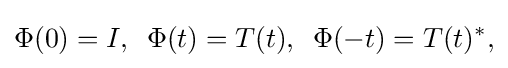
\displaystyle {\Phi (0)=I,\,\,\,\Phi (t)=T(t),\,\,\,\Phi (-t)=T(t)^{*},}